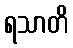
ရသာတိ